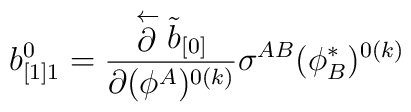
b_{[1]1}^0 ={\stackrel{\leftarrow}{\partial}\tilde b_{[0]}\over\partial(\phi^A)^{0(k)}}\sigma^{AB}(\phi^{*}_{B})^{0(k)}